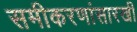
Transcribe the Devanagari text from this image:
समीकरणांसारखी